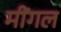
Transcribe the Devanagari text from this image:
मींगल